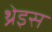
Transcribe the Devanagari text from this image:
थ्रेइस